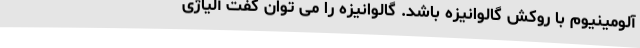
آلومینیوم با روکش گالوانیزه باشد. گالوانیزه را می توان گفت آلیاژی